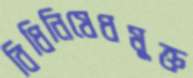
বিধিনিষেধমুক্ত